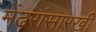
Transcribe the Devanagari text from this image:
मेंढरांसारखी